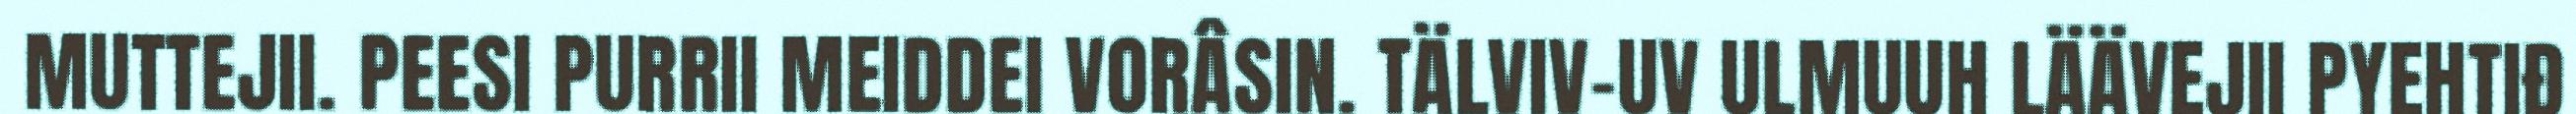
MUTTEJII. PEESI PURRII MEIDDEI VORÂSIN. TÄLVIV-UV ULMUUH LÄÄVEJII PYEHTIĐ